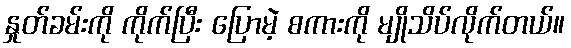
နှုတ်ခမ်းကို ကိုက်ပြီး ပြောမဲ့ စကားကို မျိုသိပ်လိုက်တယ်။